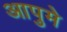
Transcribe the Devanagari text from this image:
आपुमे